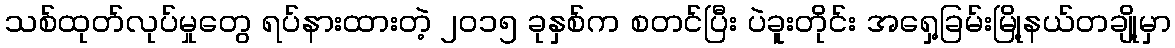
သစ်ထုတ်လုပ်မှုတွေ ရပ်နားထားတဲ့ ၂ဝ၁၅ ခုနှစ်က စတင်ပြီး ပဲခူးတိုင်း အရှေ့ခြမ်းမြို့နယ်တချို့မှာ